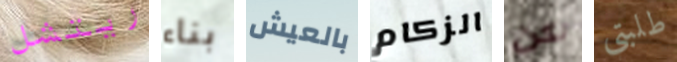
ريتشل بناء بالعيش الزكام لكن طلبتي